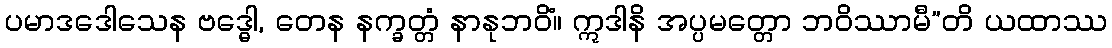
ပမာဒဒေါသေန ဗဒ္ဓေါ, တေန နက္ခတ္တံ နာနုဘဝိံ။ ဣဒါနိ အပ္ပမတ္တော ဘဝိဿာမီ”တိ ယထာဿ